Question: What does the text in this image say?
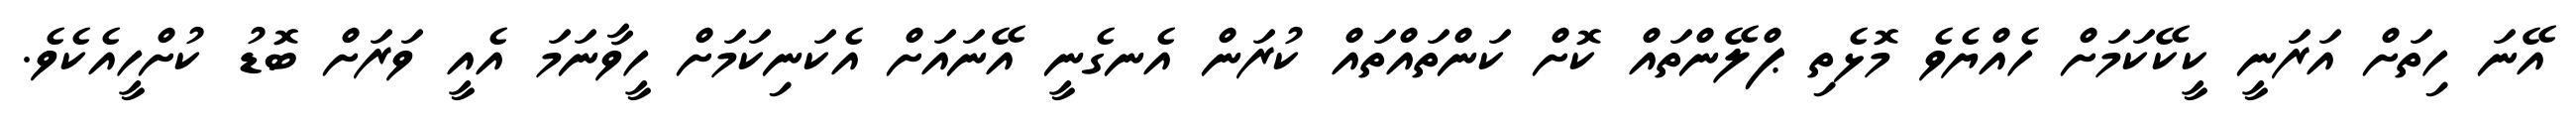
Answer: އޭނަ ހިތަށް އަރަނީ ކީކޭކަމަށް ހެއްޔެވެ މޮޅެތި ޕްލޭންތައް ކޮށް ކަންތައްތައް ކުރަން އެނގެނީ އޭނައަށް އެކަނިކަމަށް ހީވާނަމަ އެއީ ވަރަށް ބޮޑު ކުށްހީއެކެވެ.